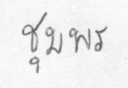
ชุมพร